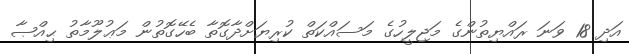
އަދި 18 ވަނަ ރައްޔިތުންގެ މަޖިލީހުގެ މަސައްކަތް ކުރިޔަށްދާގޮތާ ބެހޭގޮތުން މަޢުލޫމާތު ޙިއްޞާ